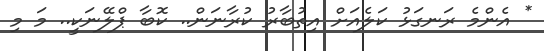
* އެންމެ ރަނގަޅު ކަލެއަށް އިތުބާރު ކުރާނަން.. ކޮބާ ޕްލޭނަކީ.. މަ މި